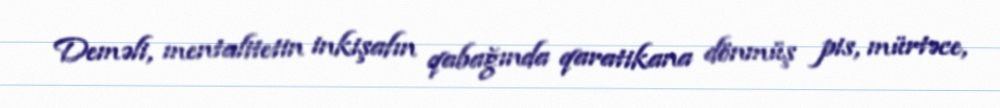
Deməli, mentalitetin inkişafın qabağında qaratikana dönmüş pis, mürtəce,